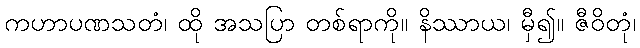
ကဟာပဏသတံ၊ ထို အသပြာ တစ်ရာကို။ နိဿာယ၊ မှီ၍။ ဇီဝိတုံ၊